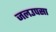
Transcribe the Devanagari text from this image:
जलउपसा